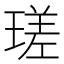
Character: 瑳